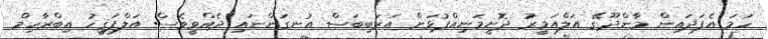
ހަމަ އެފަދައިން މާންދޫގޭ އަލްއަމީރު ދޮށީމަނިއްޕުޅަށް އަރަބިބަސް އުނގަންނައި ދެއްވީވެސް އަލްފަޤީހު އިބްރާހިމް